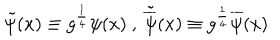
\tilde { \psi } ( x ) \equiv { g } ^ { \frac { 1 } { 4 } } \psi ( x ) \ , \ \tilde { \overline { { { \psi } } } } ( x ) \equiv { g } ^ { \frac { 1 } { 4 } } \overline { { { \psi } } } ( x )